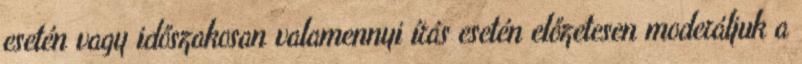
esetén vagy időszakosan valamennyi írás esetén előzetesen moderáljuk a